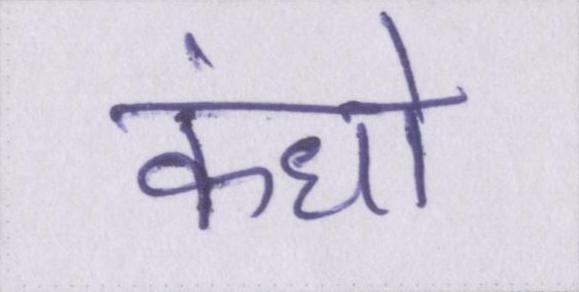
कंधो